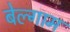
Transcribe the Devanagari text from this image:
बेल्गाम